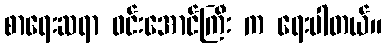
စာရေးဆရာ ဝင်းအောင်ကြီး က ရေးပါတယ်။